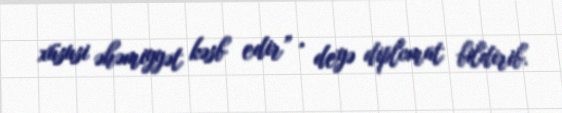
xüsusi əhəmiyyət kəsb edir” , deyə diplomat bildirib.